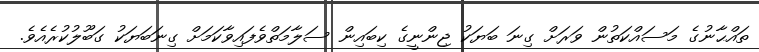
ތައްޙާނުގެ މަސައްކަތުން ވަރަށް ގިނަ ބަޔަކު ޖިންނީގެ ކިބައިން ސަލާމަތްވެފައިވާކަމަށް ގިނަބަޔަކު ގަބޫލުކުރެއެވެ.